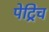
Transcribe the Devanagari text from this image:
पेट्रिच